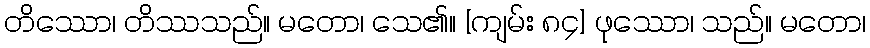
တိဿော၊ တိဿသည်။ မတော၊ သေ၏။ [ကျမ်း ၈၄] ဖုဿော၊ သည်။ မတော၊